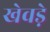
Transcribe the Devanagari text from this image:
खेवड़े